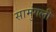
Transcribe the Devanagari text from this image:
सामुंगली